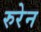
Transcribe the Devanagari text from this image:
रुरेन